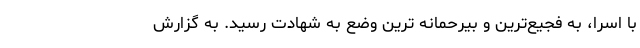
با اسرا، به فجيع‌ترين و بيرحمانه ترين وضع به شهادت رسيد. به گزارش